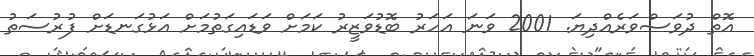
އޮތް ދުވަސްވަރެއްދިޔަ. 2001 ވަނަ އަހަރު ބޮޑުވަޒީރު ކަމަށް ވަޑައިގަތުމަށް އަޅުގަނޑަށް ފުރުސަތު